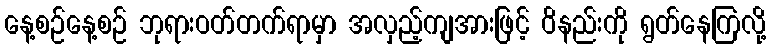
နေ့စဉ်နေ့စဉ် ဘုရားဝတ်တက်ရာမှာ အလှည့်ကျအားဖြင့် ဝိနည်းကို ရွတ်နေကြလို့